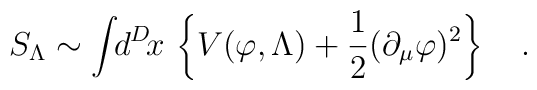
S_\Lambda\sim\int\!\!d^D\!x\,\left\{V(\varphi,\Lambda)+{1\over2}(\partial_\mu\varphi)^2\right\}\quad.